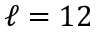
\ell = 1 2